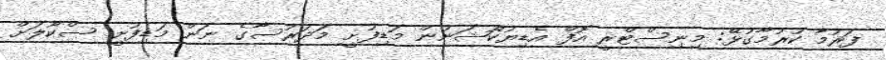
ފަރުމާ ކުރުމާގުޅޭ: މިނިސްޓްރީ އޮފް އެޑިޔުކޭޝަނުން މަޑިފުށީ މަދަރުސާގެ ނަން މަޑިފުށީ ސްކޫލަށް